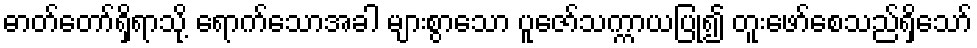
ဓာတ်တော်ရှိရာသို့ ရောက်သောအခါ များစွာသော ပူဇော်သက္ကာယပြု၍ တူးဖော်စေသည်ရှိသော်